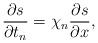
LaTeX: \begin{align*}\frac{\partial s}{\partial t_n}=\chi_n \frac{\partial s}{\partial x},\end{align*}